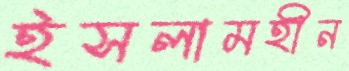
ইসলামহীন